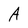
Character: A